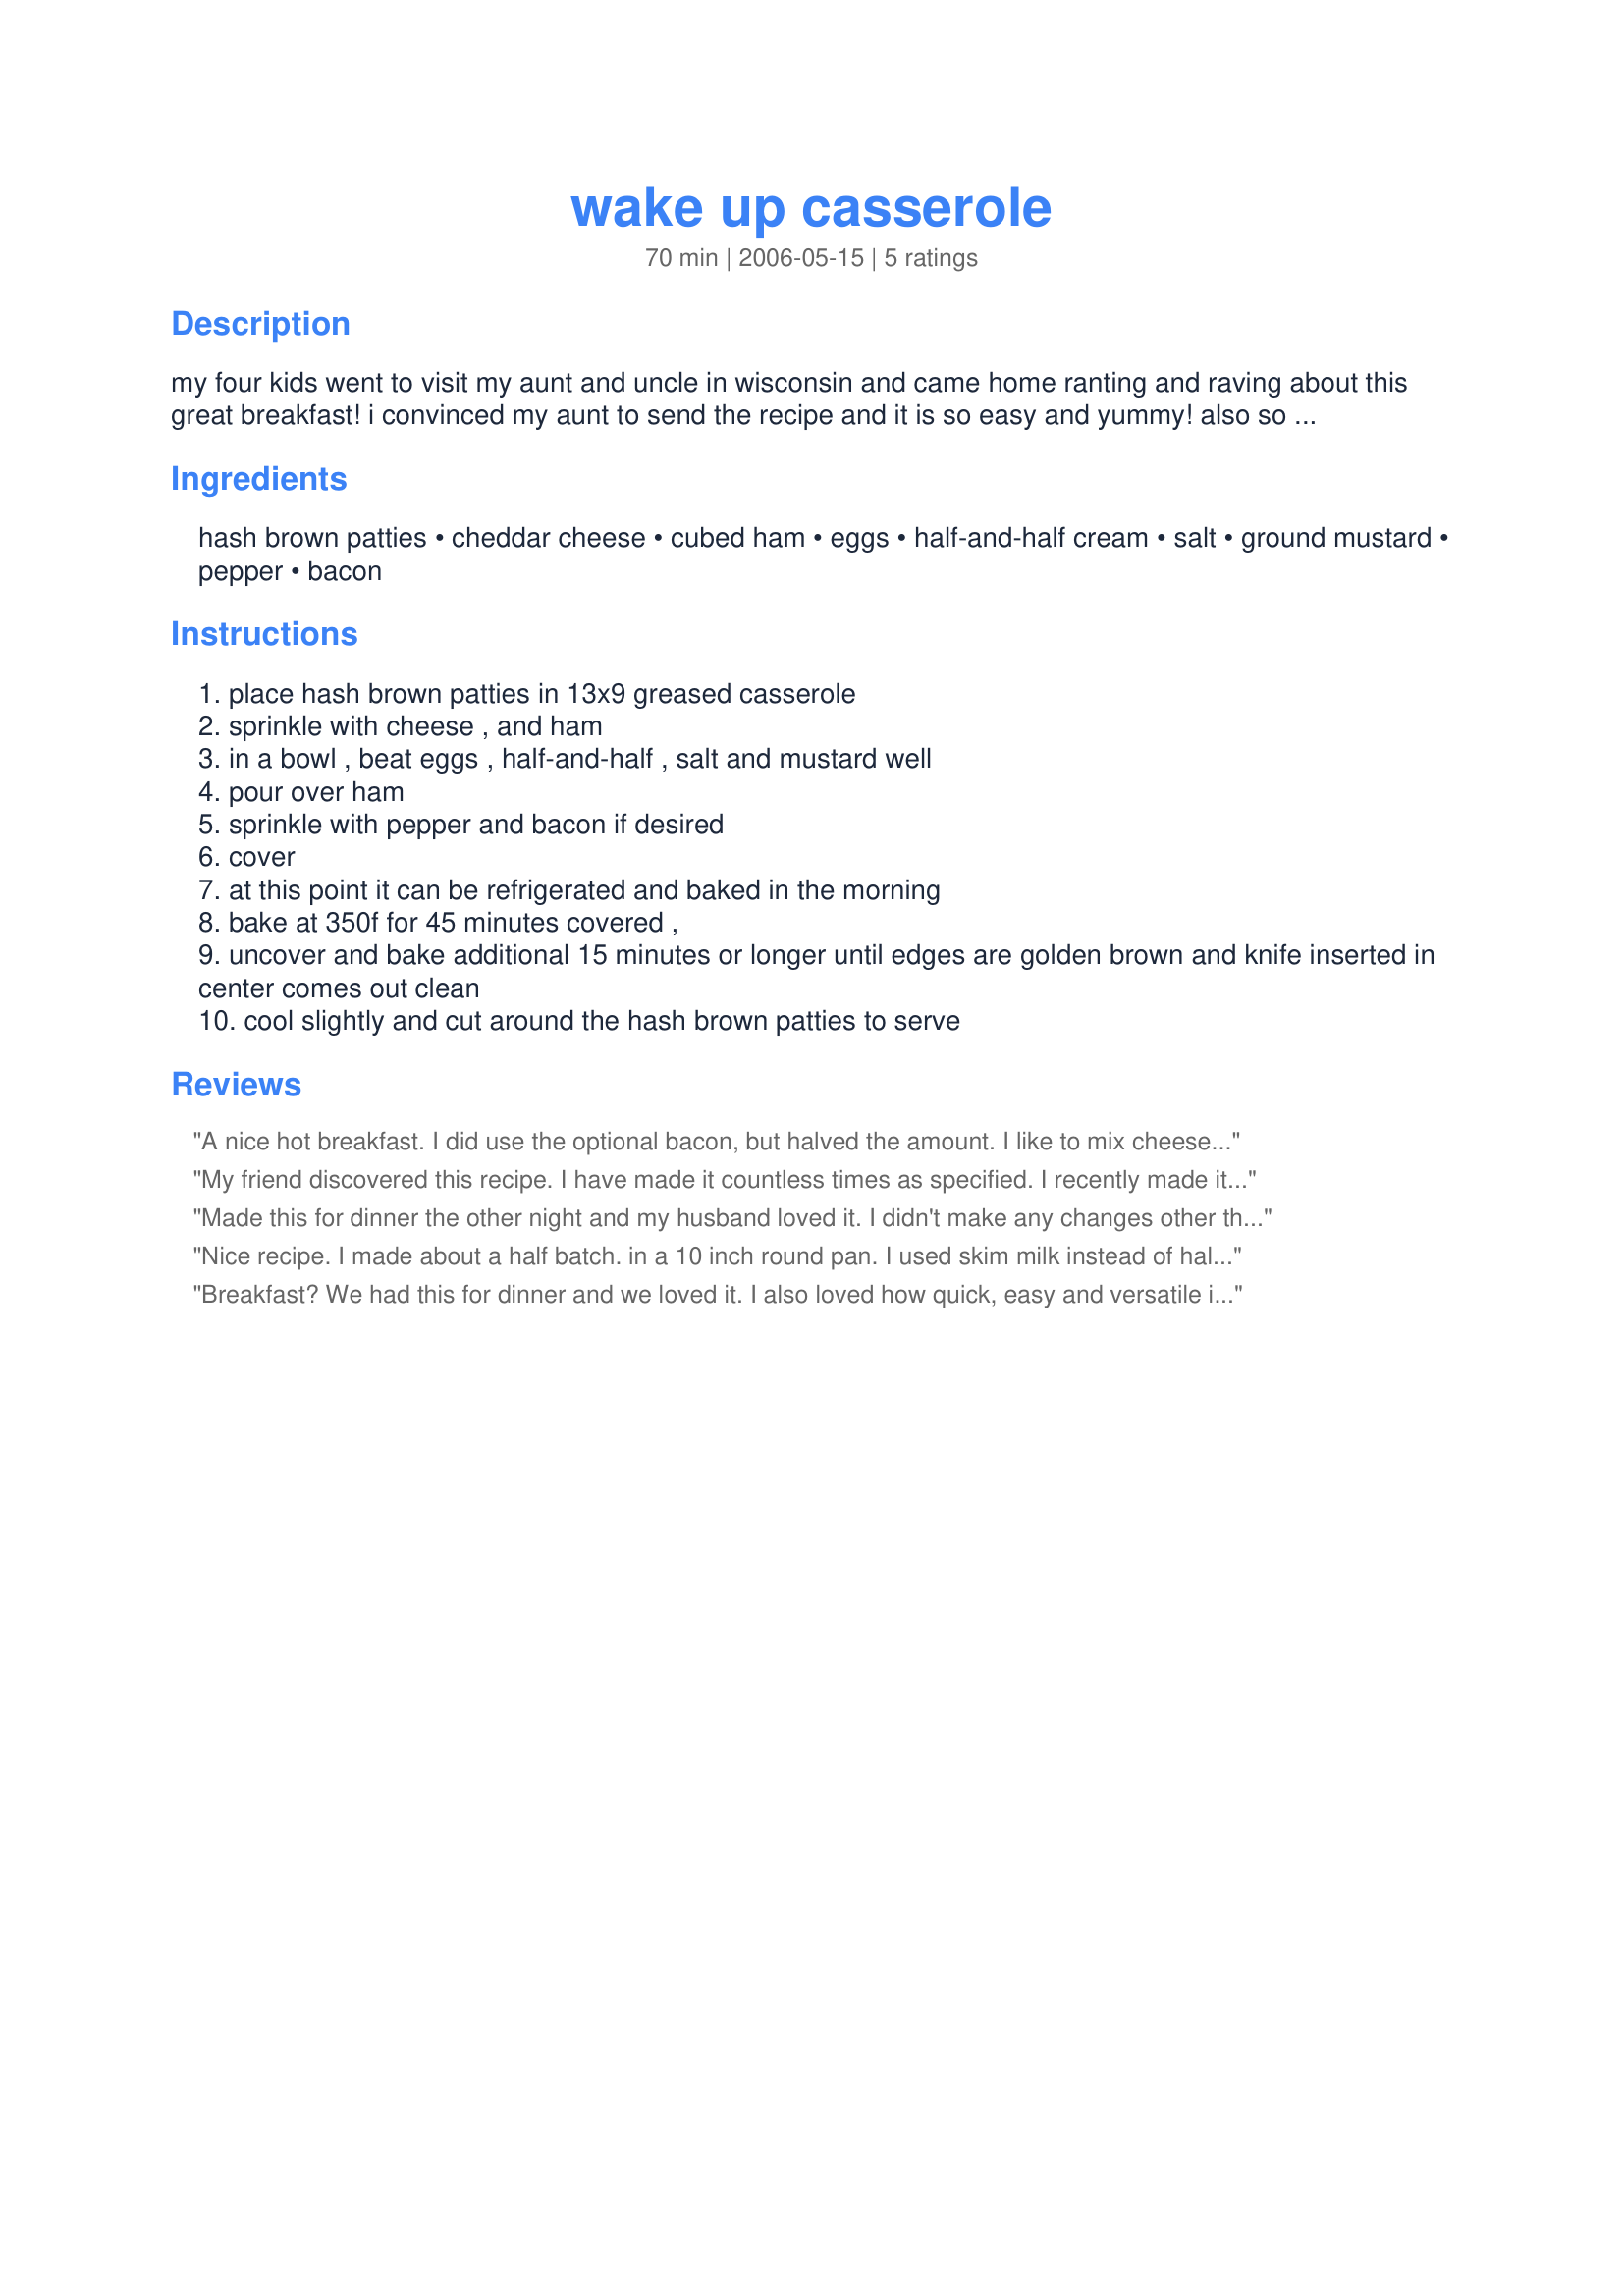
wake up casserole
Preparation time: 70 minutes

my four kids went to visit my aunt and uncle in wisconsin and came home ranting and raving about this great breakfast! i convinced my aunt to send the recipe and it is so easy and yummy! also so easy to adapt to whatever you have in the fridge, onions, mushrooms, broccoli, sausage, etc!

Ingredients:
hash brown patties, cheddar cheese, cubed ham, eggs, half-and-half cream, salt, ground mustard, pepper, bacon

Steps:
place hash brown patties in 13x9 greased casserole
sprinkle with cheese , and ham
in a bowl , beat eggs , half-and-half , salt and mustard well
pour over ham
sprinkle with pepper and bacon if desired
cover
at this point it can be refrigerated and baked in the morning
bake at 350f for 45 minutes covered ,
uncover and bake additional 15 minutes or longer until edges are golden brown and knife inserted in center comes out clean
cool slightly and cut around the hash brown patties to serve

Reviews:
A nice hot breakfast. I did use the optional bacon, but halved the amount. I like to mix cheeses, too, so I used cheddar and swiss. It tastes great, but maybe could use some onion and/or herbs. I'll make this again and add some of my own extras. Thanx for sharing!
My friend discovered this recipe. I have made it countless times as specified. I recently made it for a Retirement party at work. It was a hit. I was asked to send the recipe. I always make it up the night before and bake in the AM. You can try adding 3/4 fresh salsa to the top right before baking. It gives it a nice color and added flavor depending if you use mild or hot.
Made this for dinner the other night and my husband loved it. I didn't make any changes other than I added some sausage. Very easy and tasty - thanks for sharing a great recipe which I will make again in the future.
Nice recipe. I made about a half batch. in a 10 inch round pan. I used skim milk instead of half and half and skipped the ground mustard as well but it still came out quite delicious.
Breakfast? We had this for dinner and we loved it. I also loved how quick, easy and versatile it is...I used a cheddar/jack cheese mix, sprinkled mushrooms along with the cheese and ham, used fat-free 1/2 & 1/2 and added a couple shakes of Tabasco to the egg mixture. I didn't use the bacon (didn't have any). I put this together in the morning, we did our running around and threw it in the oven for dinner. Wonderful. Served it with a green salad and had leftovers for the next day, which re-heat well in the microwave. Thanks Laurie, this recipe earned a spot at the cabin :)
